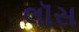
લૉસ